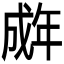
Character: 𫻽